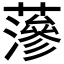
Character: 𮒌